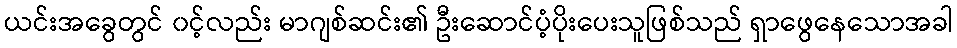
ယင်းအခွေတွင် ၀င့်လည်း မာဂျစ်ဆင်း၏ ဦးဆောင်ပံ့ပိုးပေးသူဖြစ်သည် ရှာဖွေနေသောအခါ